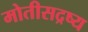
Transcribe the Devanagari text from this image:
मोतीसद्रष्य